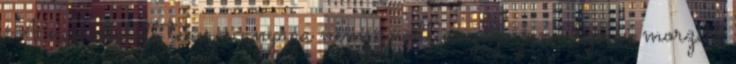
A nyomtatott tekercs anyaga nemszövött anyag, gumi típusú morzsa.